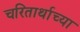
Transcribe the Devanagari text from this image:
चरितार्थाच्या